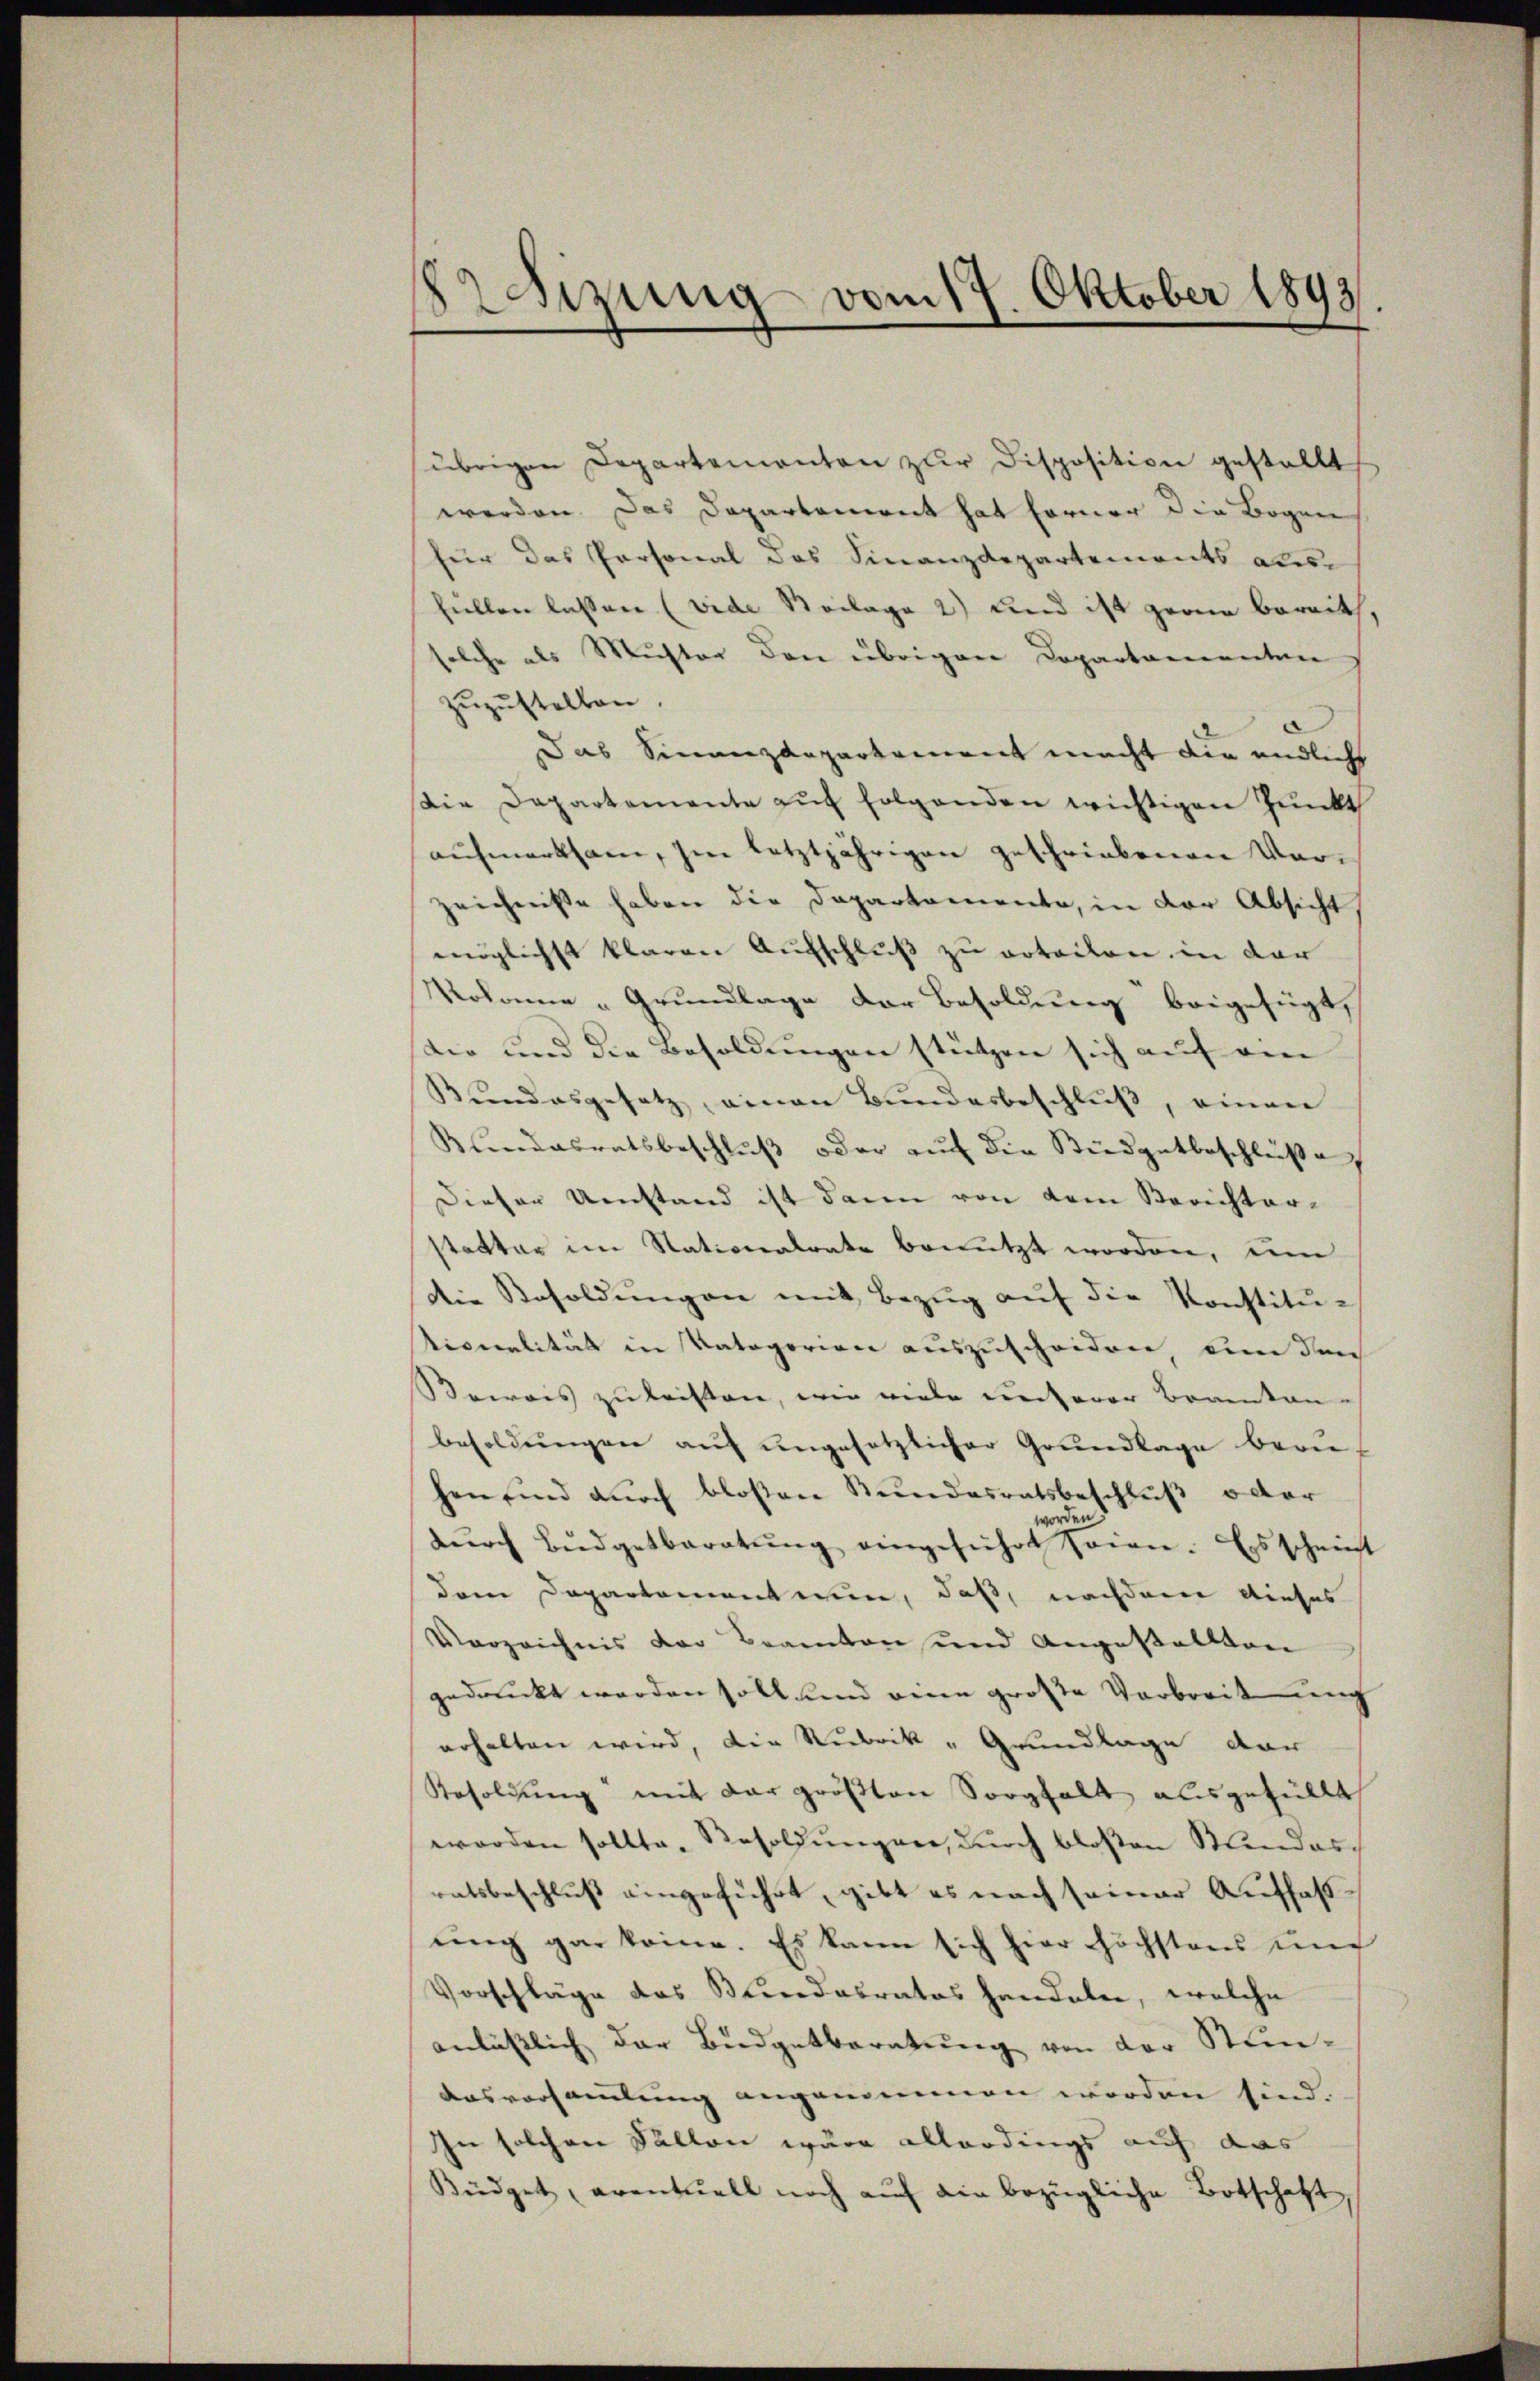
2dizung vom 17. Oktober 1893

übrigen Departementen zur Disposition gestellt
werden. Das Departenwert hat ferner die Bogen
für das Personal des Finanzdepartements als
füllen lassen (vide Beilage 2) und ist gerne bereit,
solche als Muster den übrigen Departamenten
zuzustellen.
Das Sinanzdepartement macht die endlichs
Die Departemente auf folgenden wichtigen Punkt
aufmerksam, im letztjährigen geschriebenen Vorzeichnisse haben die Departemente, in der Absicht
möglichst klaren Aufschluß zu vrteilen, in der
Rolame „Grundlage der Besoldung beigefügt,
dio und die Besoldungen stützen sich auf ein
Bundesgesetz, einen Bundesbeschluß, einen
Kundesratsbeschluß oder auf die Büdgetbeschlüße
Dieser Umstand ist dann von dem Berichter-
statter im Nationalrate benutzt worden, um
die Resoldŭngen mit Bezŭg aŭf die Konstitu-
tiveralität in Vategorien auszuscheiden, um den
Beweis zu leisten, wie viele unserer Beamten-
besoldŭngen aŭf ŭngesetzlicher Grundlage beruf
hen sind durch bloßen Bundesratsbeschluß oder
worden
dŭrch Bŭdgetberatŭng eingeführt sein. Es scheint
dem Departement ein, daß, nachdem dieses
Verzeichnis der Beamten und Angestallten
gedruckt werden soll und eine große Verbreit mich
erhalten wird, die Rubrik „Grundlage der
Resoldung mit der größten Sorgfalt ausgefüllt
worden sollte, Besoldungen, durch bloßen Standas
ratsbeschluß eingeführt, gibt es nach seiner Auffasŭng gar keine. Es kann sich hier höchstens und
Vorschläge das Bundesrates handeler, welche
anlässlich der Budgetberatung von der Stunausvorsammlung angenommen worden sind.
In solchen Sallen wäre allerdings auf das
Büdget, eventuell noch aŭf die bezügliche Botschaft,